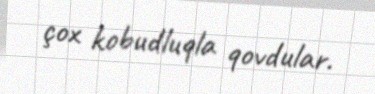
çox kobudluqla qovdular.